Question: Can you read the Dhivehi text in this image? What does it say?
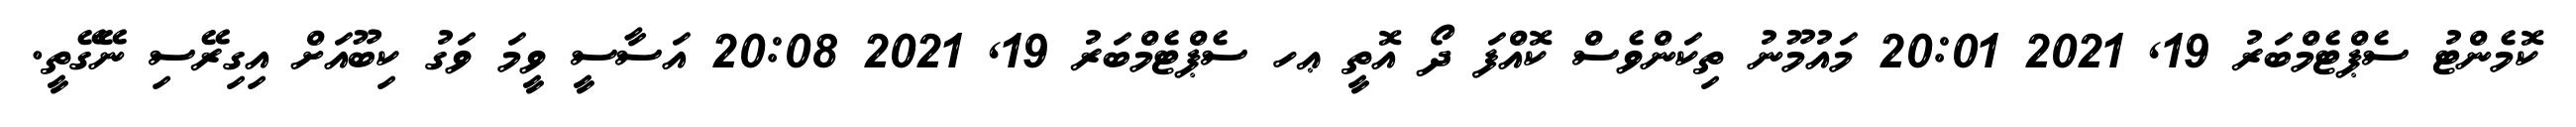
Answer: ކޮމެންޓު ސެޕްޓެމްބަރު 19, 2021 20:01 މައުމޫނު ތިކަންވެސް ކޮއްފަ ދޯ އޮތީ ޢހ ސެޕްޓެމްބަރު 19, 2021 20:08 އަސާސީ ވީމަ ވަގު ކިބޫއަށް އިގިރޭސި ނޭގޭތީ.